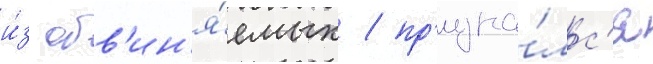
и́з обв'ин'я́емых / пр'изна́лс'я